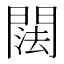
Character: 䦢